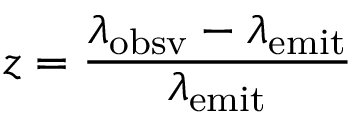
z = { \frac { \lambda _ { \mathrm { o b s v } } - \lambda _ { \mathrm { e m i t } } } { \lambda _ { \mathrm { e m i t } } } }